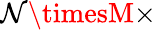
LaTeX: \mathcal{N}\timesM\times